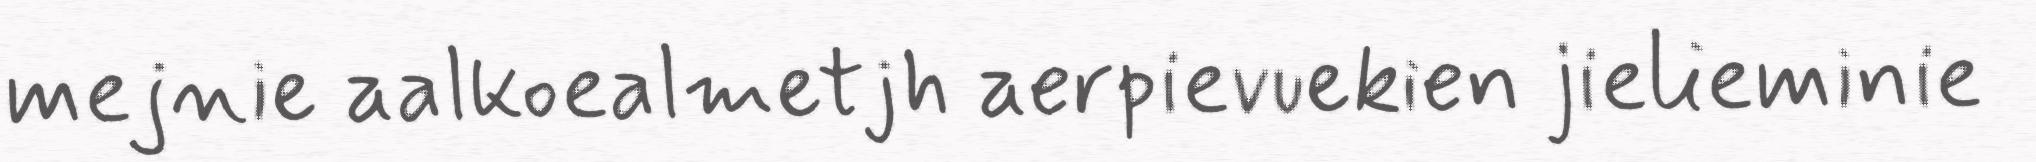
mejnie aalkoealmetjh aerpievuekien jielieminie